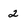
Character: 2